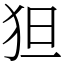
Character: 狚